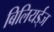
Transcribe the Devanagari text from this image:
बिलियर्ड्‌ज